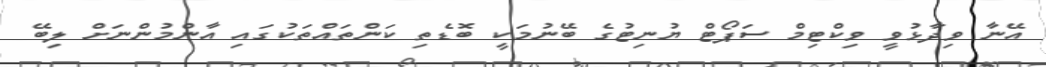
އޭނާ ވިދާޅުވީ ވިކްޓިމް ސަޕޯޓް ޔުނިޓުގެ ބޭނުމަކީ ބޮޑެތި ކަންތައްތަކުގައި އާންމުންނަށް ލިބޭ